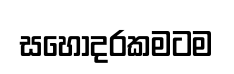
සහෝදරකමටම